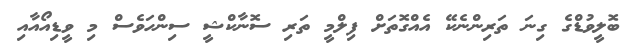
ބޮލީވުޑްގެ ގިނަ ތަރިންނެކޭ އެއްގޮތަށް ފިލްމީ ތަރި ސޮނާކްޝީ ސިންހަވެސް މި ވީޑިއޯއާއި